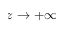
z \rightarrow + \infty